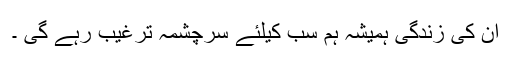
اُن کی زندگی ہمیشہ ہم سب کیلئے سرچشمہ ترغیب رہے گی ۔